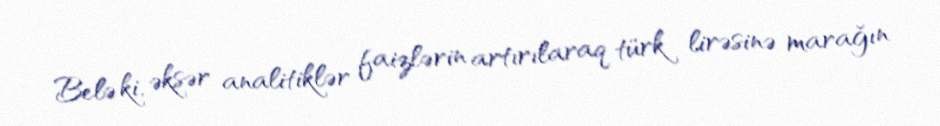
Belə ki, əksər analitiklər faizlərin artırılaraq türk lirəsinə marağın